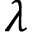
\lambda